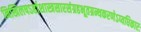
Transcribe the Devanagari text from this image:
निखिलषऽर्हाशास्त्रसारसंग्रहभूतग्रन्थकरणेऽप्यधिकारः